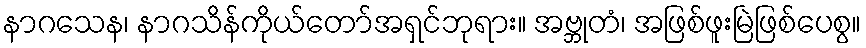
နာဂသေန၊ နာဂသိန်ကိုယ်တော်အရှင်ဘုရား။ အဗ္ဘုတံ၊ အဖြစ်ဖူးမြဲဖြစ်ပေစွ။